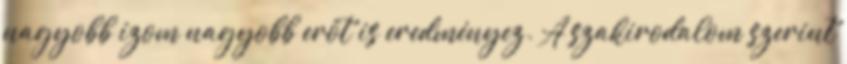
nagyobb izom nagyobb erőt is eredményez. A szakirodalom szerint